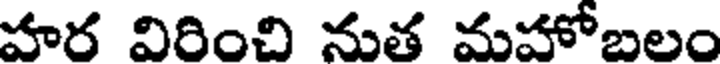
హర విరించి నుత మహోబలం